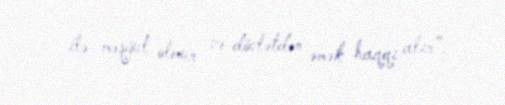
ilə məşğul olmur və dövlətdən əmək haqqı alır”.